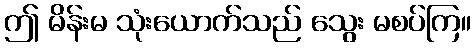
ဤ မိန်းမ သုံးယောက်သည် သွေး မစပ်ကြ။